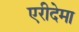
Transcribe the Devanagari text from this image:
एरीदेमा